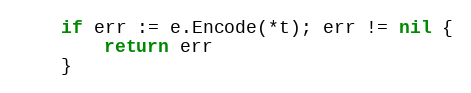
Language: Go
	if err := e.Encode(*t); err != nil {
		return err
	}